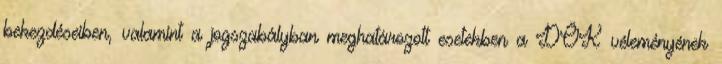
bekezdéseiben, valamint a jogszabályban meghatározott esetekben a DÖK véleményének